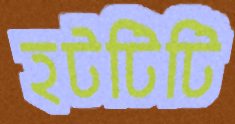
হটটিটি